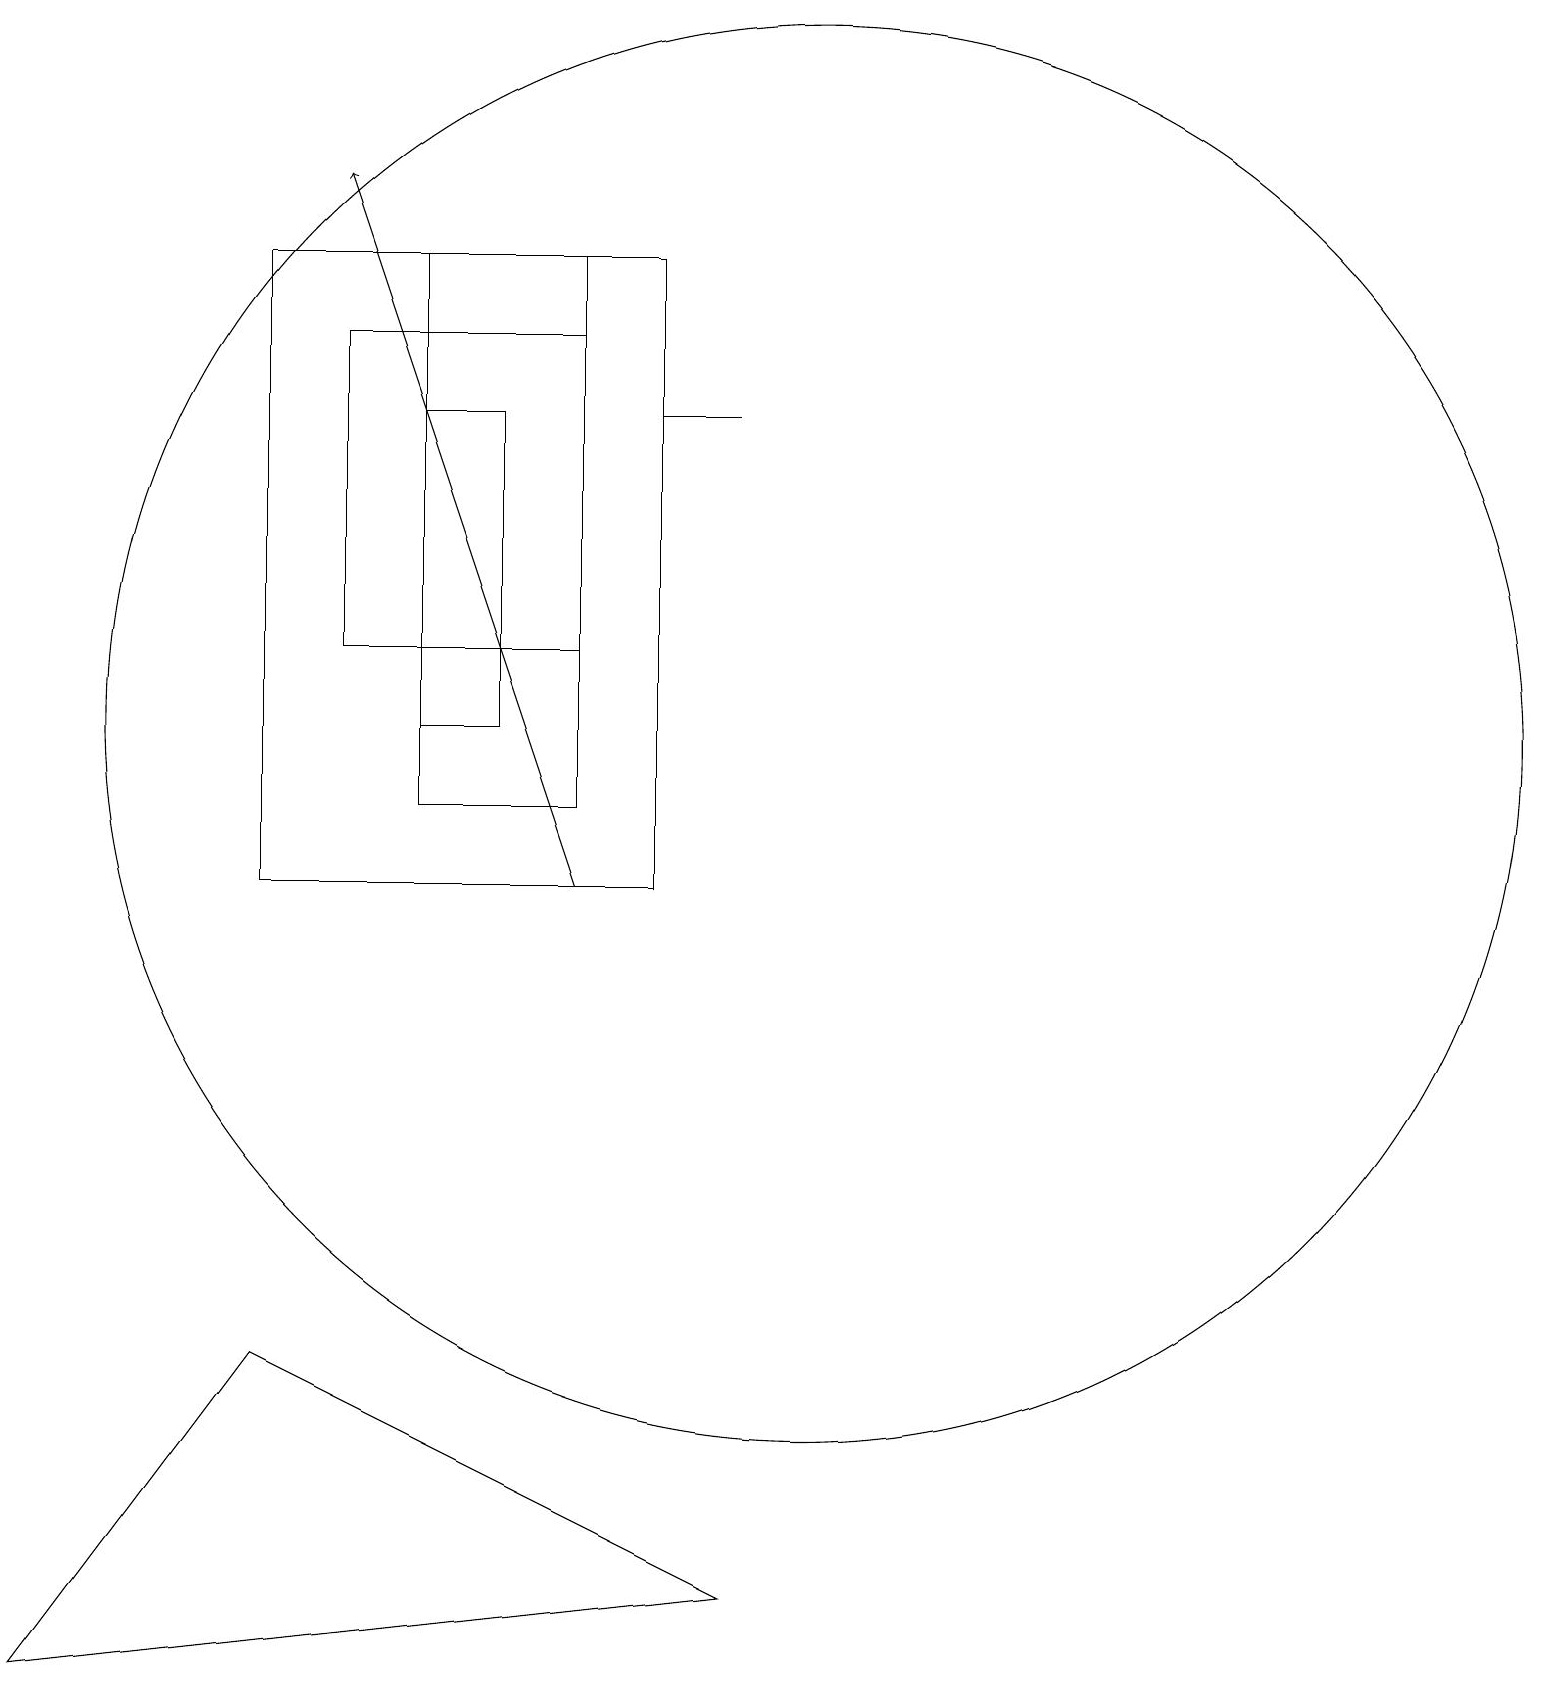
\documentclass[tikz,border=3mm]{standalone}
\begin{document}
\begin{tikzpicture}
\draw (0,0) -- (3,4) -- (9,1) -- cycle;
\draw (10,12) circle (9);
\draw[->] (7,10) -- (4,19);
\draw (4,13) rectangle (7,17);
\draw (3,18) rectangle (8,10);
\draw (9,16) rectangle (8,16);
\draw (5,12) rectangle (6,16);
\draw (5,11) rectangle (7,18);
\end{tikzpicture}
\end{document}